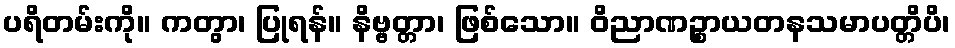
ပရိတမ်းကို။ ကတွာ၊ ပြုရန်။ နိဗ္ဗတ္တာ၊ ဖြစ်သော။ ဝိညာဏဉ္စာယတနသမာပတ္တိပိ၊